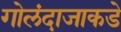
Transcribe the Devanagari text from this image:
गोलंदाजाकडे